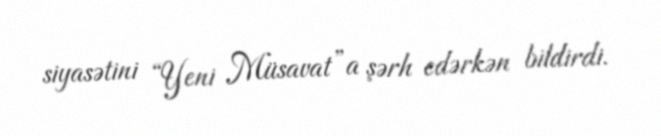
siyasətini “Yeni Müsavat”a şərh edərkən bildirdi.